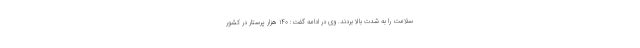
سلامت را به شدت بالا بردند. وی در ادامه گفت: ۱۴۰ هزار پرستار در کشور